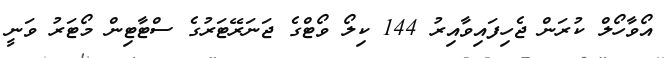
އޯވާހޯލް ކުރަން ޖެހިފައިވާއިރު 144 ކިލޯ ވޯޓްގެ ޖަނަރޭޓަރުގެ ސްޓާޓިން މޯޓަރު ވަނީ